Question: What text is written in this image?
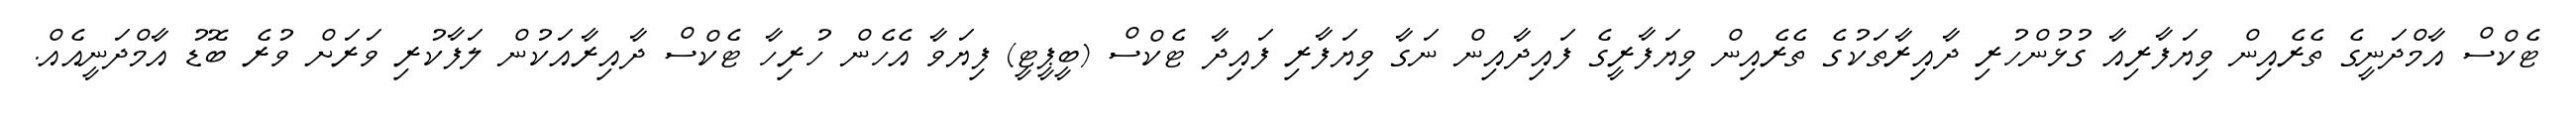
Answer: ޓެކްސް އާމްދަނީގެ ތެރެއިން ވިޔަފާރިއާ ގުޅުންހުރި ދާއިރާތަކުގެ ތެރެއިން ވިޔަފާރީގެ ފައިދާއިން ނަގާ ވިޔަފާރި ފައިދާ ޓެކްސް (ބީޕީޓީ) ފިޔަވާ އެހެން ހުރިހާ ޓެކްސް ދާއިރާއަކުން ލަފާކުރި ވަރަށް ވުރެ ބޮޑު އާމްދަނީއެއް.